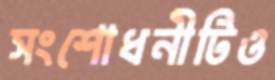
সংশোধনীটিও